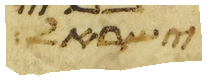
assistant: ישראל